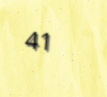
41